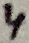
Text: 4